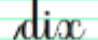
dix